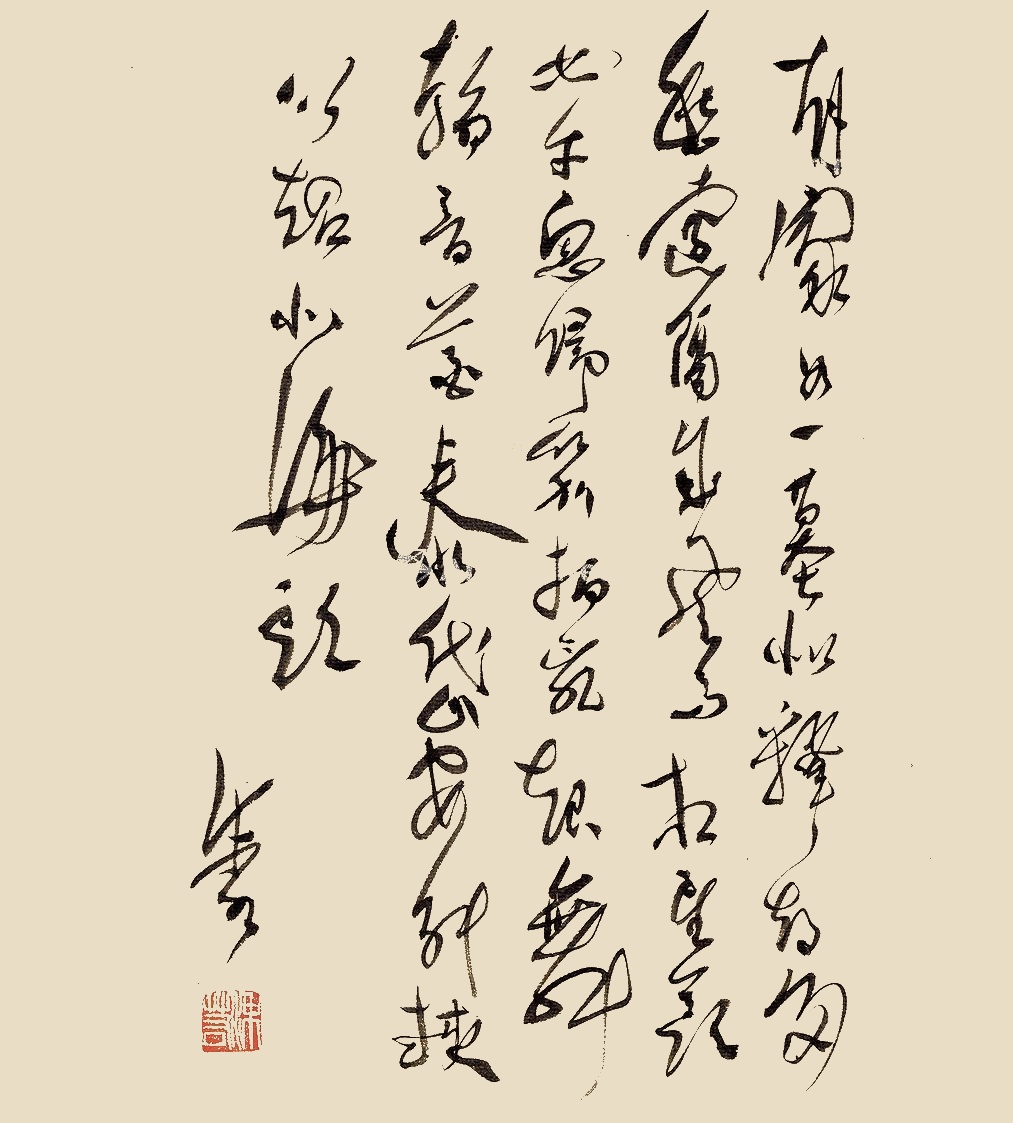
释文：有家如一墓，似释却多愁。远隔成风马，相望羡如牛。忽归笳拍乱，起舞翰音酋。泰岱安能挟，以超北海头。沫若